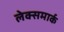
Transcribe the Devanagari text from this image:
लेक्समार्क